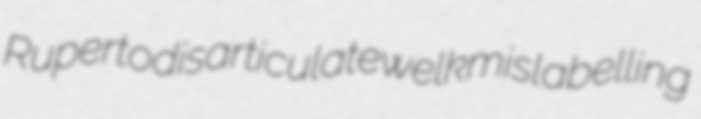
Ruperto disarticulate welk mislabelling